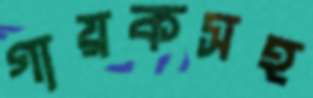
গায়কসহ